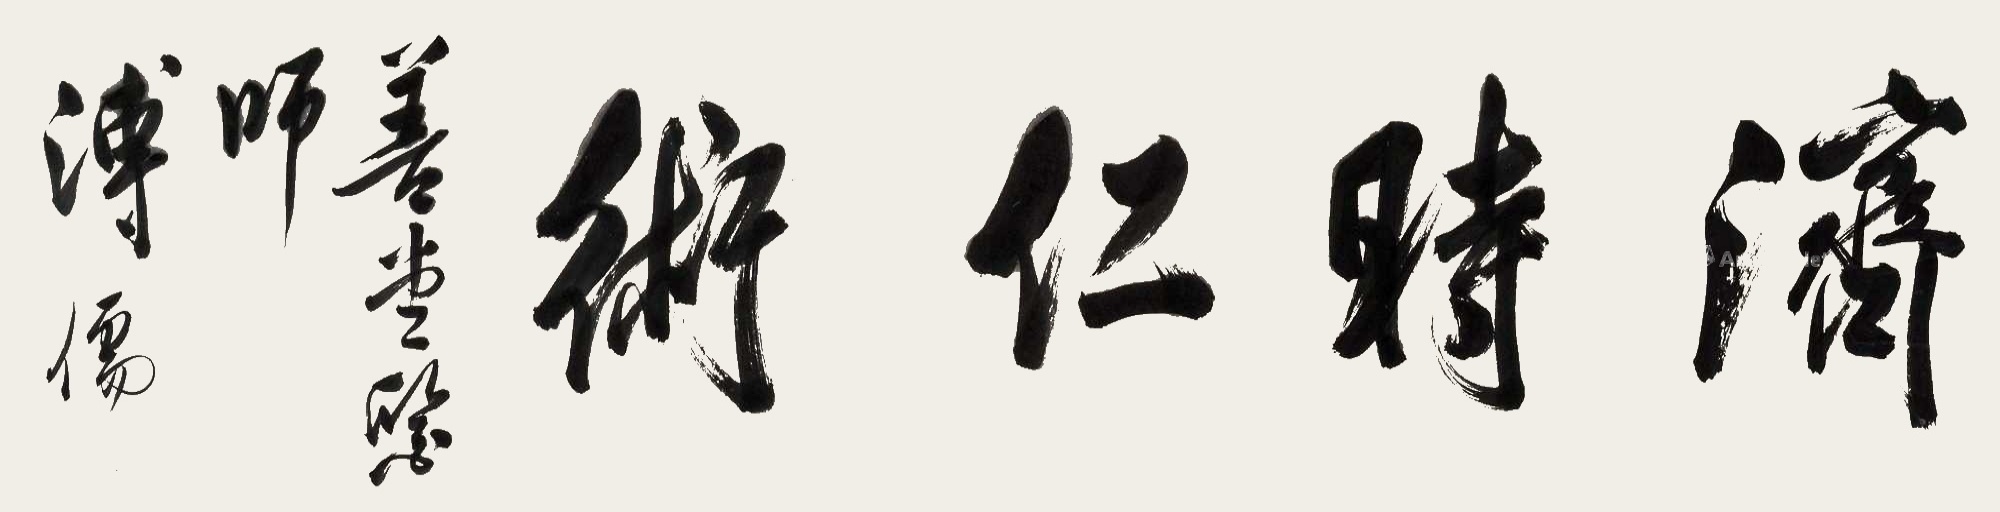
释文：济时仁术善堂医师。溥儒。